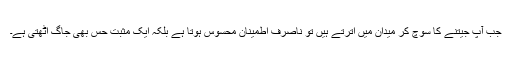
جب آپ جیتنے کا سوچ کر میدان میں اترتے ہیں تو ناصرف اطمینان محسوس ہوتا ہے بلکہ ایک مثبت حس بھی جاگ اٹھتی ہے۔